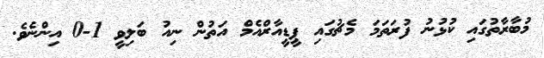
މުބާރާތުގައި ކުޅުނު ފުރަތަމަ މެޗުގައި ޕީޑީއާރްއެމް އަތުން ނިއު ބަލިވީ 1-0 އިންނެެވެ.